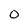
Character: 0